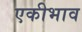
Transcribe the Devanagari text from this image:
एकीभाव